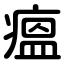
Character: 瘟